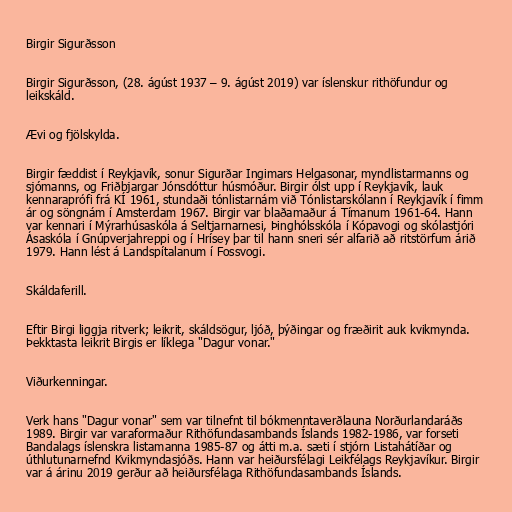
Birgir Sigurðsson

Birgir Sigurðsson, (28. ágúst 1937 – 9. ágúst 2019) var íslenskur rithöfundur og
leikskáld.

Ævi og fjölskylda.

Birgir fæddist í Reykjavík, sonur Sigurðar Ingimars Helgasonar, myndlistarmanns og
sjómanns, og Friðbjargar Jónsdóttur húsmóður. Birgir ólst upp í Reykjavík, lauk
kennaraprófi frá KÍ 1961, stundaði tónlistarnám við Tónlistarskólann í Reykjavík í fimm
ár og söngnám í Amsterdam 1967. Birgir var blaðamaður á Tímanum 1961-64. Hann
var kennari í Mýrarhúsaskóla á Seltjarnarnesi, Þinghólsskóla í Kópavogi og skólastjóri
Ásaskóla í Gnúpverjahreppi og í Hrísey þar til hann sneri sér alfarið að ritstörfum árið
1979. Hann lést á Landspítalanum í Fossvogi.

Skáldaferill.

Eftir Birgi liggja ritverk; leikrit, skáldsögur, ljóð, þýðingar og fræðirit auk kvikmynda.
Þekktasta leikrit Birgis er líklega "Dagur vonar."

Viðurkenningar.

Verk hans "Dagur vonar" sem var tilnefnt til bókmenntaverðlauna Norðurlandaráðs
1989. Birgir var varaformaður Rithöfundasambands Íslands 1982-1986, var forseti
Bandalags íslenskra listamanna 1985-87 og átti m.a. sæti í stjórn Listahátíðar og
úthlutunarnefnd Kvikmyndasjóðs. Hann var heiðursfélagi Leikfélags Reykjavíkur. Birgir
var á árinu 2019 gerður að heiðursfélaga Rithöfundasambands Íslands.